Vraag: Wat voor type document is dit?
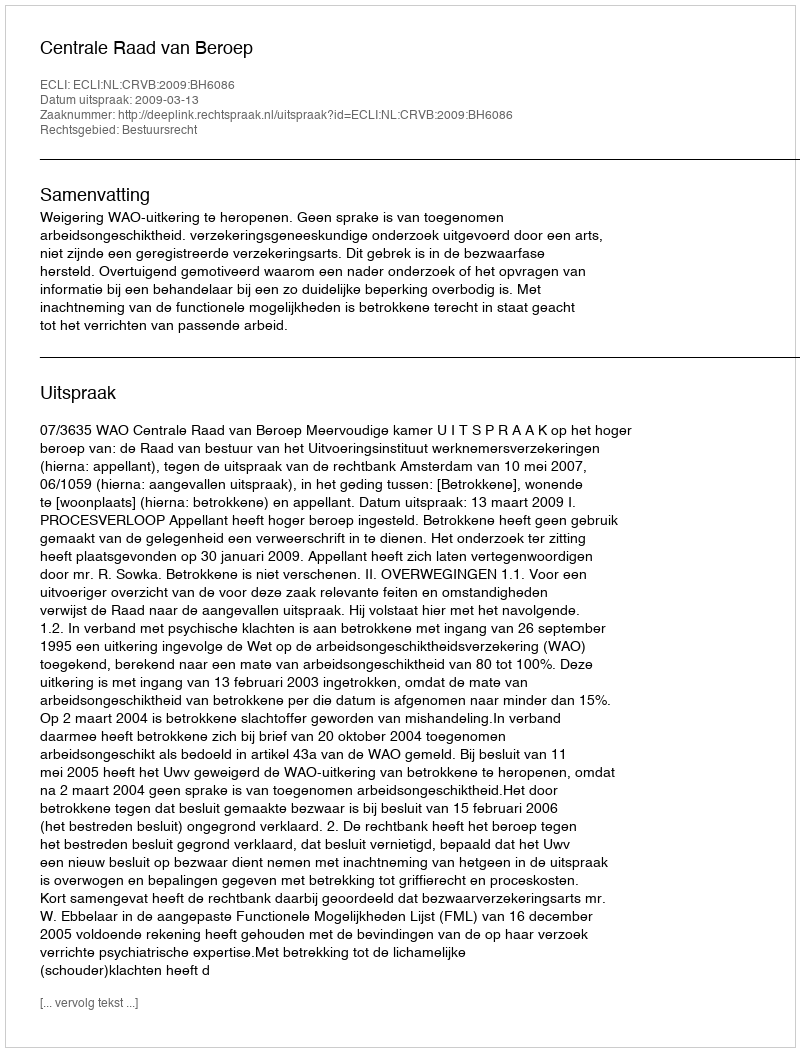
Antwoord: Uitspraak